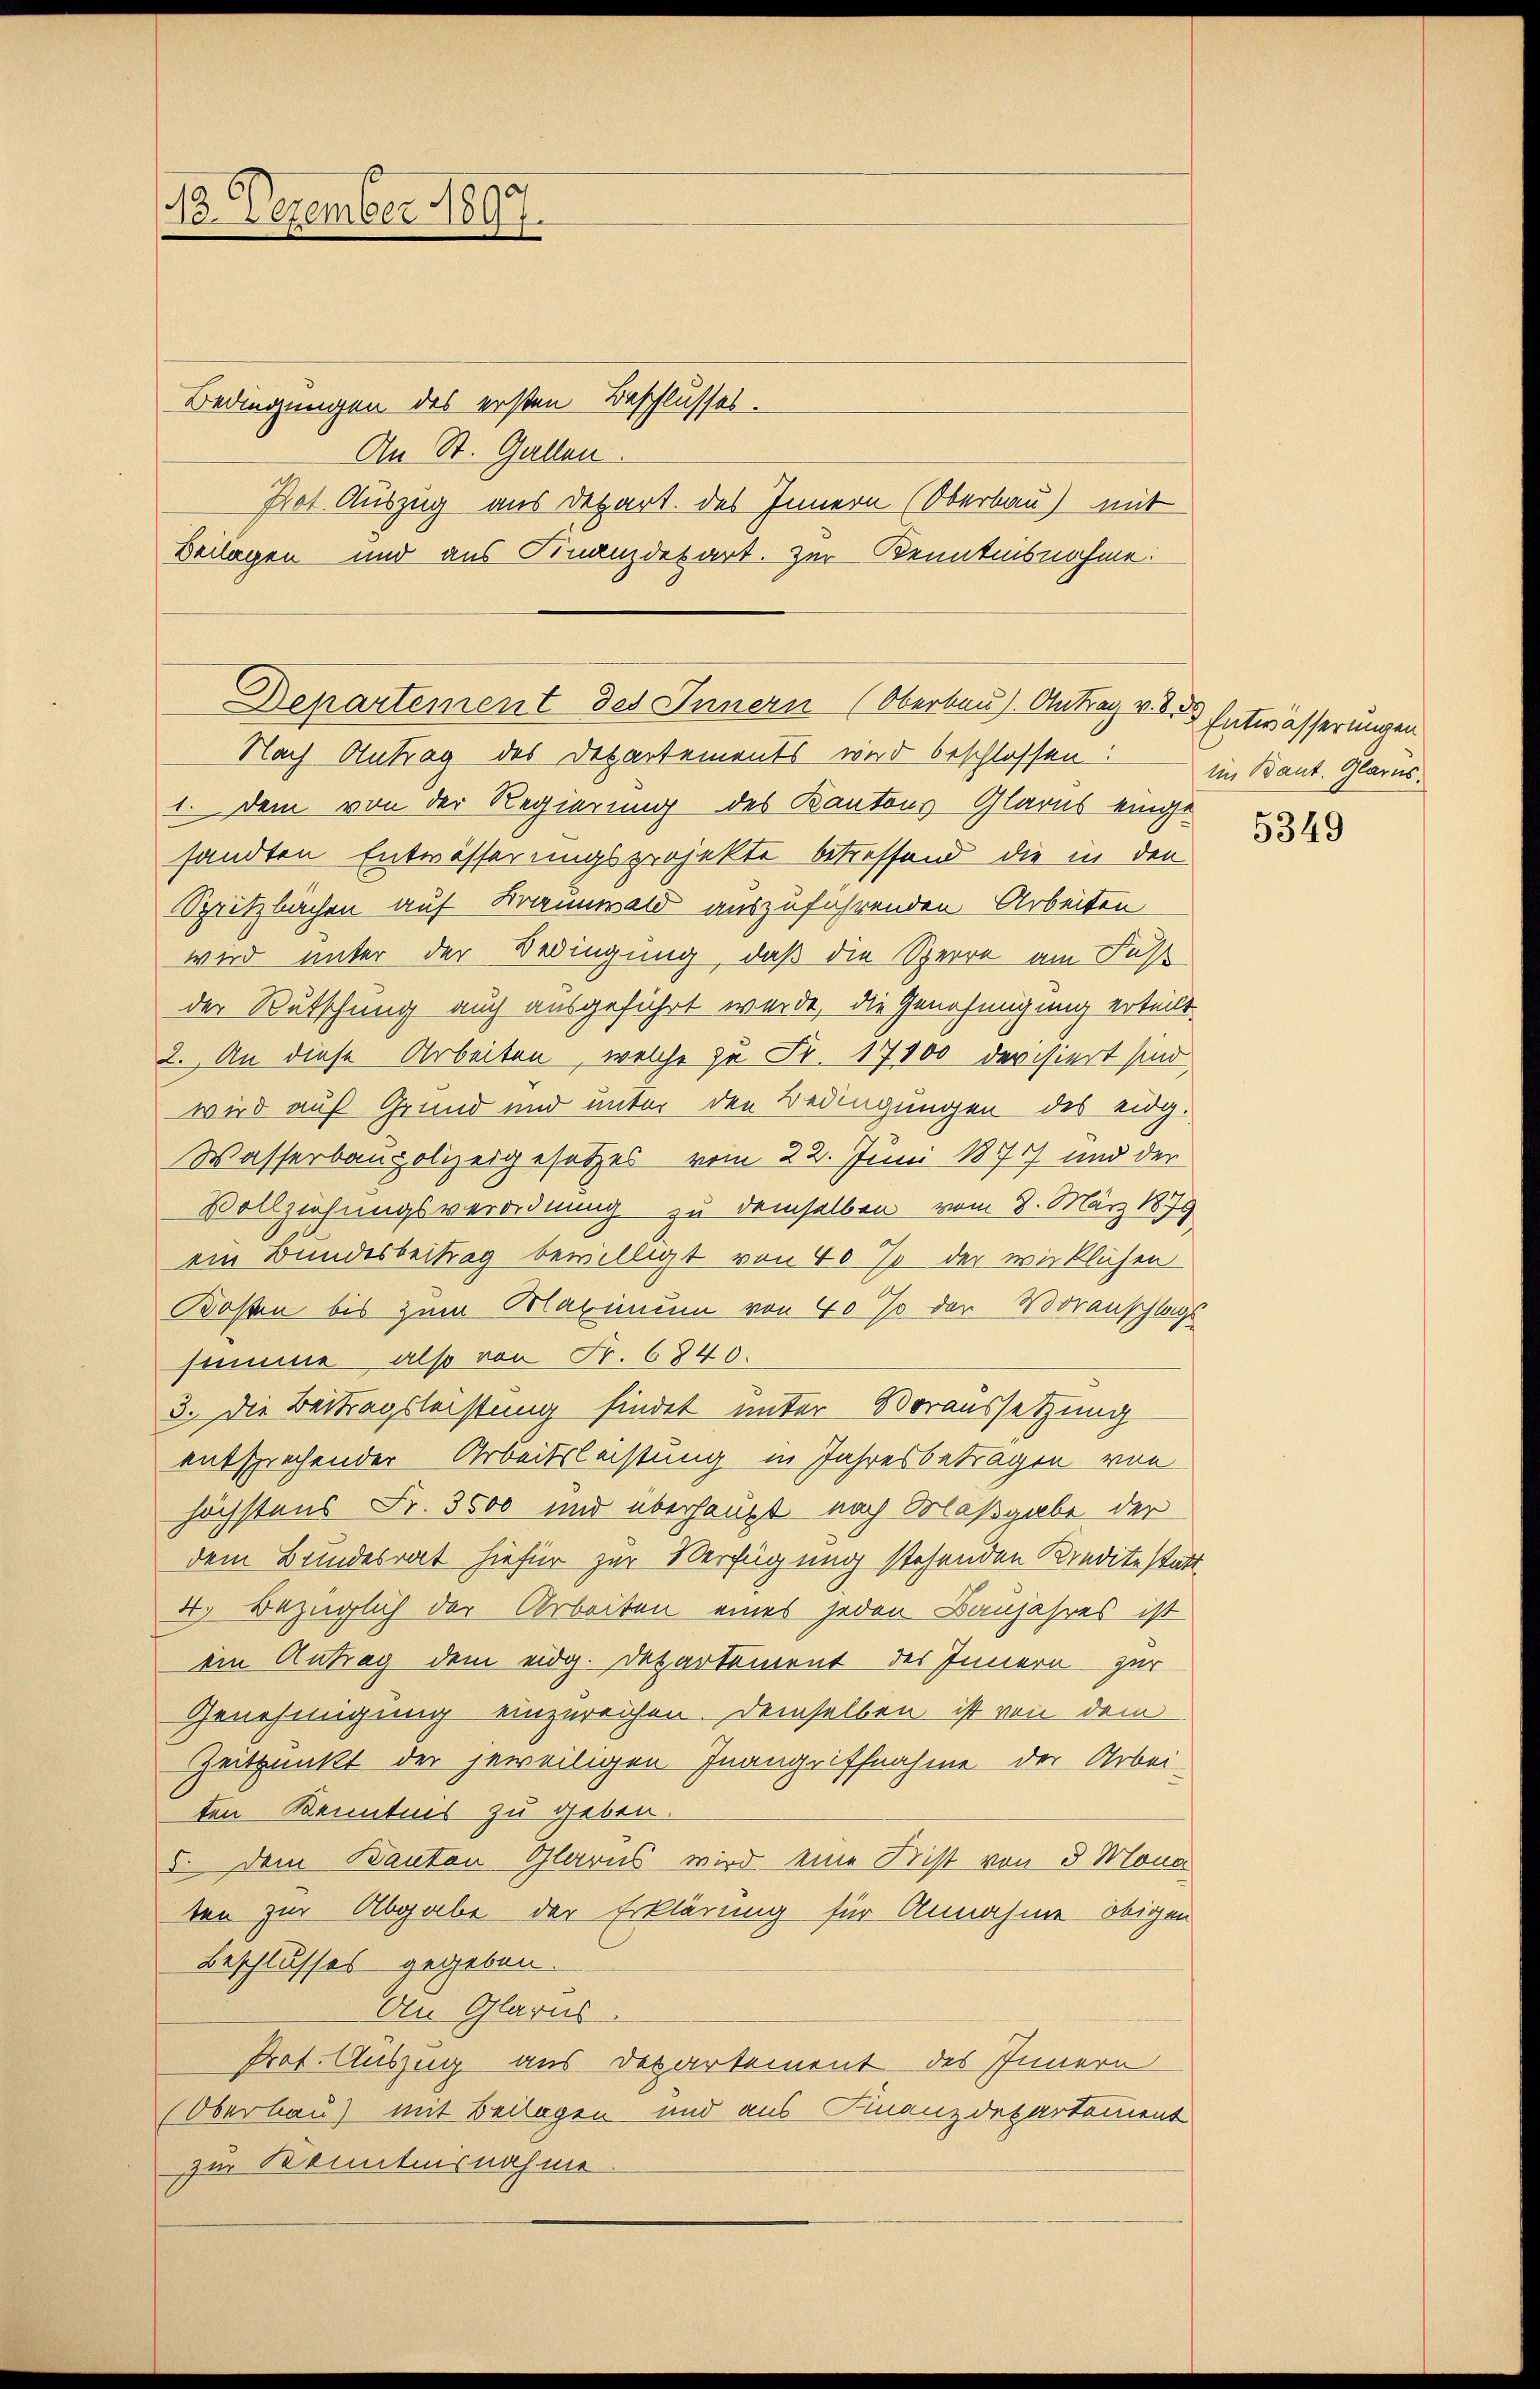
13. Dezember 1897.

Bedingungen des ersten Beschlusses.
An St. Gallen.
Not Auszug aus Depart. des Innern (Oberbau) mit
Beilagen und aus Finanzdepart. Zur Kenntnisnahme:

Nach Antrag des Departements wird beschlossen im Kant. Glarus.
1. Dem von der Regierung des Kantons Glarus eingesandten Entwässerungsprojekte betreffend die in den
Spritzbächen auf Braunwald auszuführenden Arbeiten
wird unter der Bedingung, daß die Sperre am Fußl
der Rutschung auch ausgeführt werde, die Genehmigung erteilt.
2. An diese Arbeiten, welche zu Fr. 17100 devisiert sind,
wird auf Grund und unter den Bedingungen des eidg.
Wasserbaupolizeigesetzes vom 22. Juni 1874 und der
Vollziehungsverordnung zu demselben vom 8. März 1879
ein Bundesbeitrag bewilligt von 40% der wirklichen
Kosten bis zum Maximum von 40 so der Voranschlags
summe, also von Fr. 6840.
3. Die Beitragsleistung findet unter Voraussetzung
entsprechender Arbeitsleistung in Jahresbetragen von
höchstens Fr. 3500 mir überhaupt nach Olaßgabe der
dem Bundesrat hiefür zur Verfügung stehenden Kreditestatt.
4. Bezüglich der Arbeiten eines jeden Banjahres ist
ein Antrag dem eidg. Departement des Innern zur
Genehmigung einzureichen. Demselben ist von dem
Zeitpunkt der jeweiligen Inangriffnahme der Arbei-
ten Kenntnis zu geben.
5. Dem Banton Glarus wird eine Frist von 3 Mona
ten zur Abgabe der Erklärung für Annahme obigen
Beschlusses gegeben.
An Glarus.
Prof. Auszug aus Departement des Innern
Oberbau) mit Beilagen und aus Finanzdepartement
zur Kenntnisnahme.

Departement des Innern (Oberbau) Antrag v. des Entwässerungen

5349